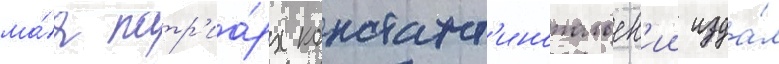
ма́я патр'иа́рх констант'инопольск'ии изда́л